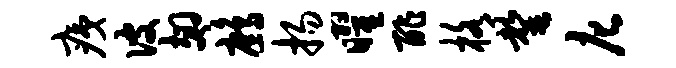
痍彼翅鹧扬曜酢格罄庀